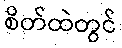
စိတ်ထဲတွင်